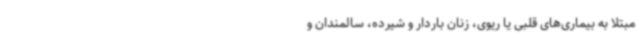
مبتلا به بیماری‌های قلبی یا ریوی، زنان باردار و شیرده، سالمندان و